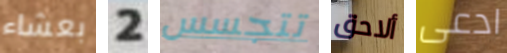
بعشاء 2 تتجسس ألاحق ادعى